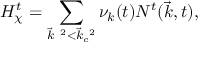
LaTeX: H _ { \chi } ^ { t } = \sum _ { { \vec { k } } ^ { ~ 2 } < { \vec { k } } _ { c } ^ { ~ 2 } } { \nu } _ { k } ( t ) N ^ { t } ( { \vec { k } } , t ) ,